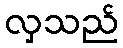
လှသည်